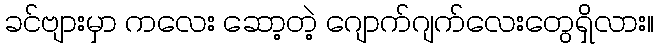
ခင်ဗျားမှာ ကလေး ဆော့တဲ့ ဂျောက်ဂျက်လေးတွေရှိလား။